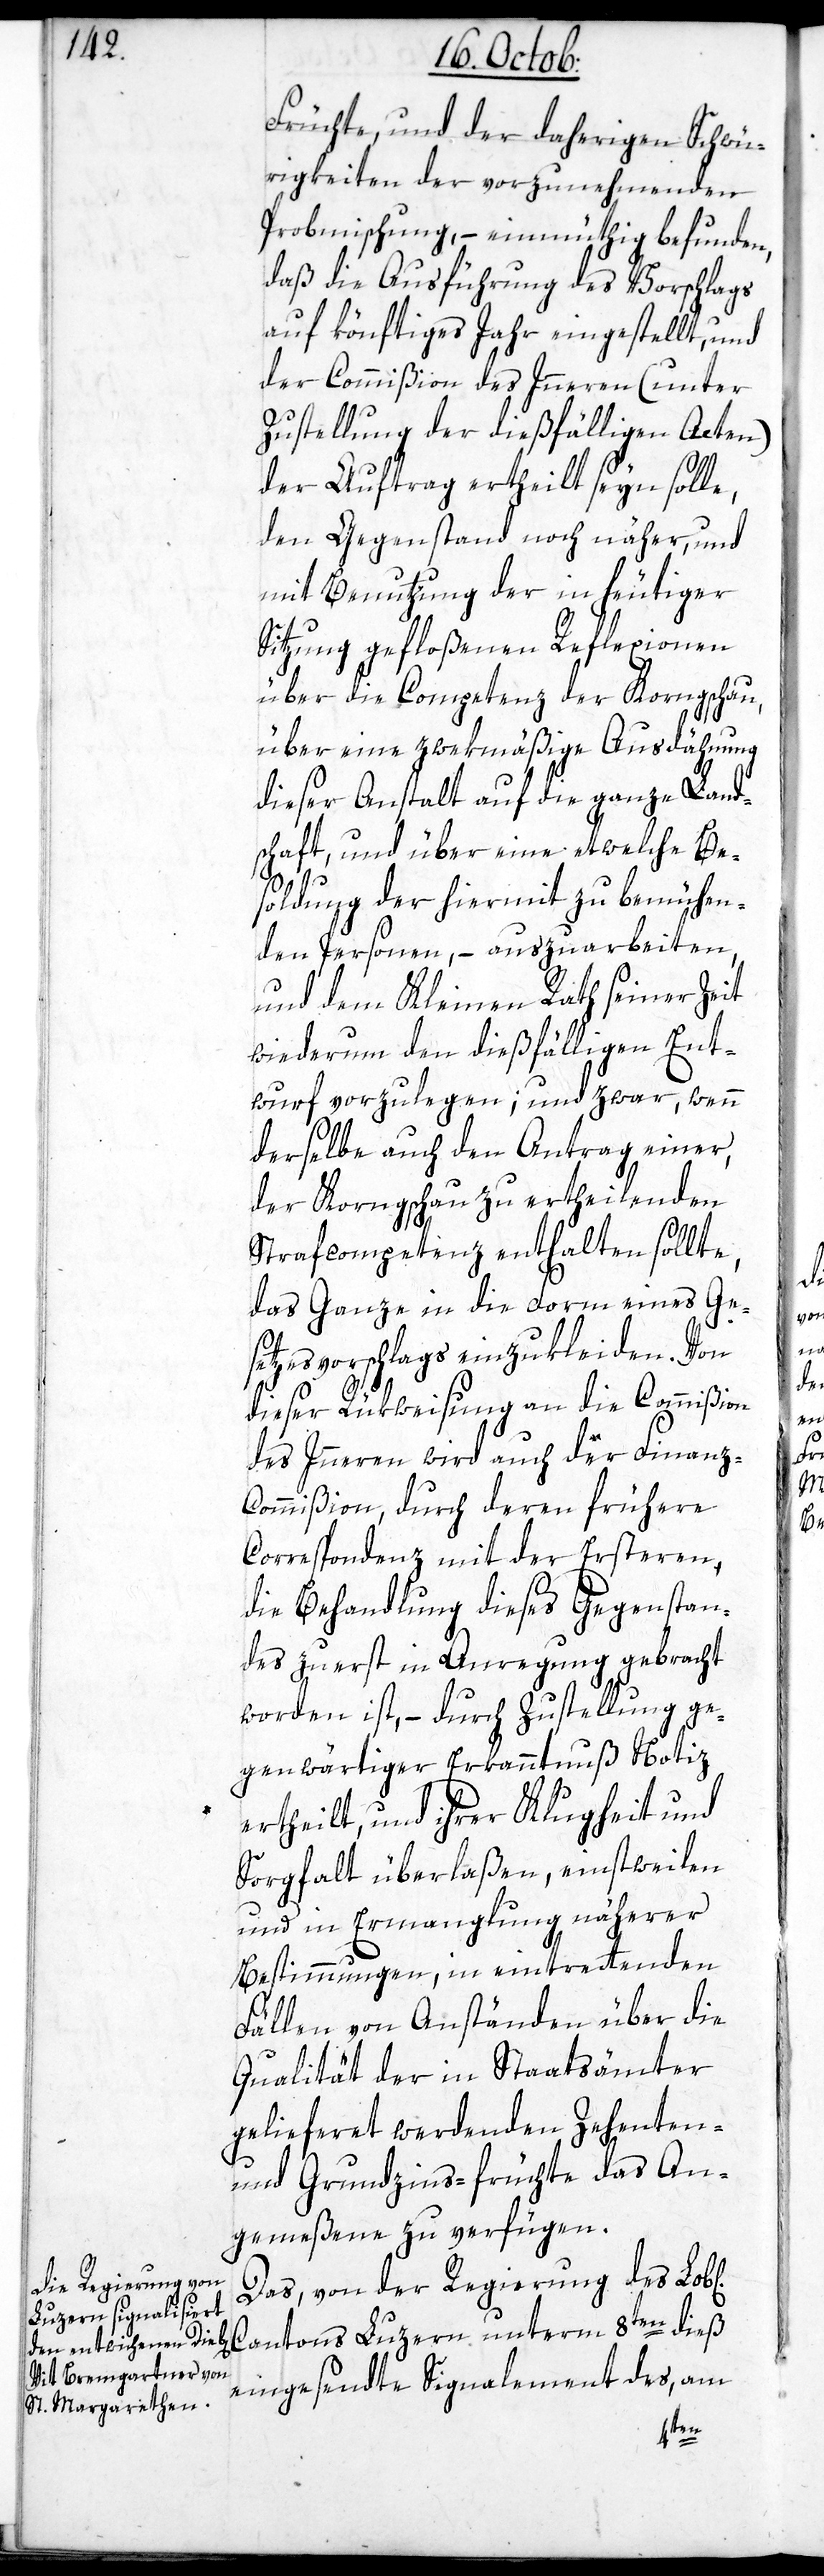
Früchte und der daherigen Schwü¬
rigkeiten der vorzunehmenden
Probmischung, – einmüthig befunden,
daß die Ausführung des Vorschlags
auf könftiges Jahr eingestellt, und
der Commißion des Innern (unter
Zustellung der dießfälligen Acten)
der Auftrag ertheilt seyn solle,
den Gegenstand noch näher und
mit Benutzung der in heutiger
Sitzung gefloßenen Reflexionen
über die Competenz der Korngschau,
über eine zwekmäßige Ausdähnung
dieser Anstalt auf die ganze Land¬
schaft, und über eine etwelche Be¬
z-C¬
soldung der hiermit zu bemühen¬
den Personen, – auszuarbeiten,
und dem Kleinen Rath seiner Zeit
wiederum den dießfälligen Ent¬
wurf vorzulegen; und zwar, wenn
derselbe auch den Antrag einer,
der Korngschau zu ertheilenden
Strafcompetenz enthalten sollte,
das Ganze in die Form eines Ge¬
setzesvorschlags einzukleiden. Von
dieser Rükweisung an die Commißion
des Innern wird auch der Finan¬
ommißion, durch deren frühere
Correspondenz mit der ersteren,
die Behandlung dieses Gegenstan¬
des zuerst in Anregung gebracht
worden ist, – durch Zustellung ge¬
genwärtiger Erkanntnuß Notiz
ertheilt, und ihrer Klugheit und
Sorgfalt überlaßen, einstweilen
und in Ermanglung näherer
Bestimmungen, in eintrettenden
Fällen von Anständen über die
Qualität der in Staatsämter
gelieferet werdenden Zehenten-
und Grundzins-Früchte das An¬
gemeßene zu verfügen.
Das von der Regierung des Lobl[i¬
Cantons Luzern unterm 8ten dieß
eingesendte Signalement des, am
chen]